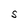
Character: S